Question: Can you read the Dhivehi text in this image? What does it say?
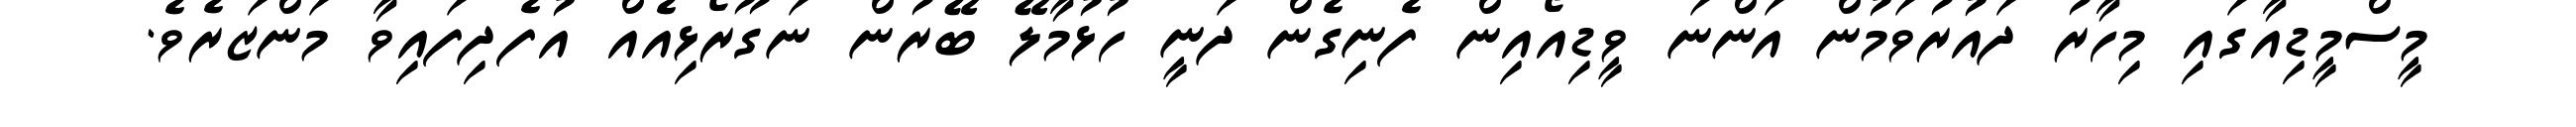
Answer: މީސްމީޑިއާގައި މިހާރު ދައުރުވަމުން އަންނަ ވީޑިއޯއިން ފެނިގެން ދަނީ ހުޅުމާލޭ ބޭރުން ނަގޫރޯޅިއެއް އުފެދިފައިވާ މަންޒަރެވެ.